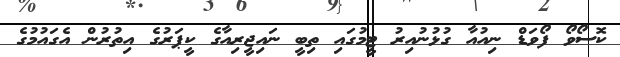
ކޮސޯވޯ ފޯވަޑް ނިއުއާ ގުޅުނުއިރު ޓީމުގައި ތިބީ ނައިޖީރިއާގެ ކީޕަރުގެ އިތުރުން އެގައުމުގެ